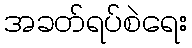
အခတ်ရပ်စဲရေး